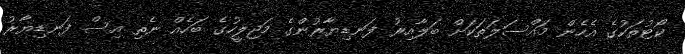
ކޯޓުތަކުގެ އެހެން މައްސަލަތަކަށް ބަލާއިރު ފަނޑިޔާރުންގެ މަޖިލީހުގެ ބަހެއް ނެތި އިސް ފަނޑިޔާރު